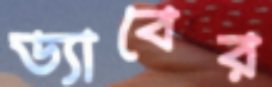
ড্যাবের